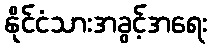
နိုင်ငံသားအခွင့်အရေး